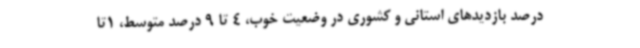
درصد بازدیدهای استانی و کشوری در وضعیت خوب، 4 تا 9 درصد متوسط، 1تا